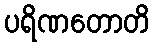
ပရိဏတောတိ